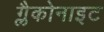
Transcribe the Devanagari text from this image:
ग्लैकोनाइट